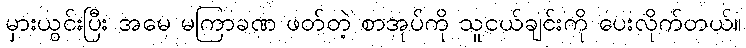
မှားယွင်းပြီး အမေ မကြာခဏ ဖတ်တဲ့ စာအုပ်ကို သူငယ်ချင်းကို ပေးလိုက်တယ်။